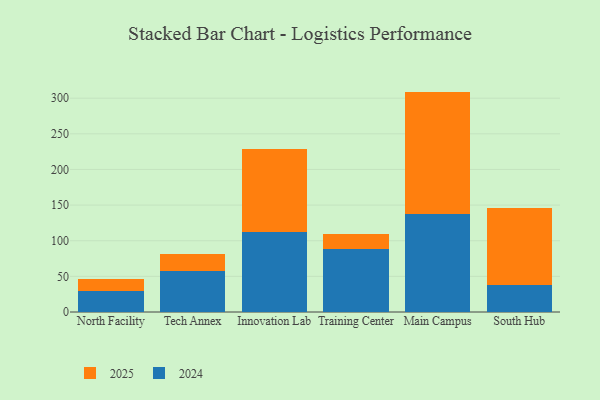
{"axis": {"x": "Campus", "y": "Population (Million)"}, "legend": ["2024", "2025"], "data": [{"x": "North Facility", "y": 29.4, "type": "2024"}, {"x": "North Facility", "y": 17.1, "type": "2025"}, {"x": "Tech Annex", "y": 57.0, "type": "2024"}, {"x": "Tech Annex", "y": 24.4, "type": "2025"}, {"x": "Innovation Lab", "y": 112.5, "type": "2024"}, {"x": "Innovation Lab", "y": 115.6, "type": "2025"}, {"x": "Training Center", "y": 87.7, "type": "2024"}, {"x": "Training Center", "y": 21.1, "type": "2025"}, {"x": "Main Campus", "y": 137.4, "type": "2024"}, {"x": "Main Campus", "y": 171.8, "type": "2025"}, {"x": "South Hub", "y": 37.6, "type": "2024"}, {"x": "South Hub", "y": 108.8, "type": "2025"}]}